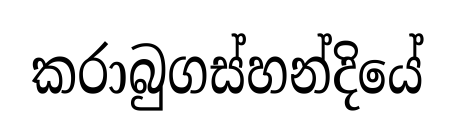
කරාබුගස්හන්දියේ